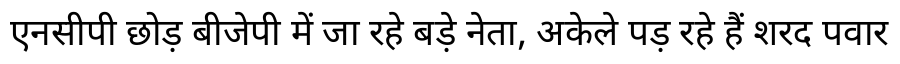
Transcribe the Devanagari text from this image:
एनसीपी छोड़ बीजेपी में जा रहे बड़े नेता, अकेले पड़ रहे हैं शरद पवार